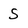
Character: S